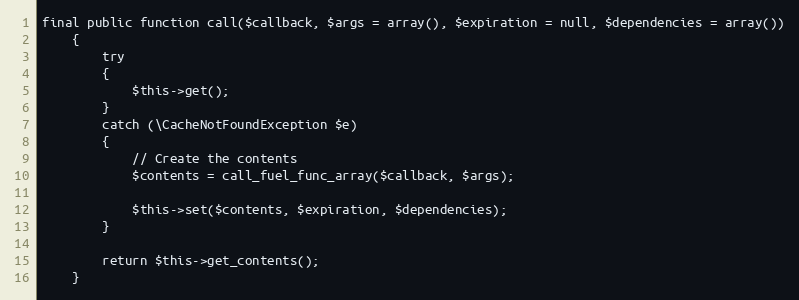
Language: PHP
final public function call($callback, $args = array(), $expiration = null, $dependencies = array())
	{
		try
		{
			$this->get();
		}
		catch (\CacheNotFoundException $e)
		{
			// Create the contents
			$contents = call_fuel_func_array($callback, $args);

			$this->set($contents, $expiration, $dependencies);
		}

		return $this->get_contents();
	}